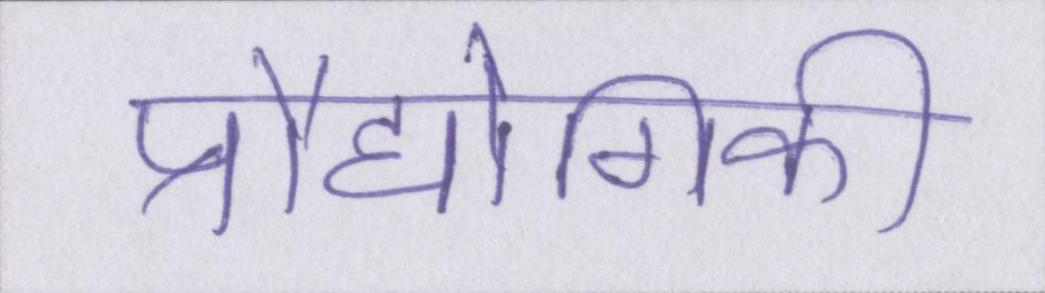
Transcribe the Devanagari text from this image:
प्रौद्योगिकी